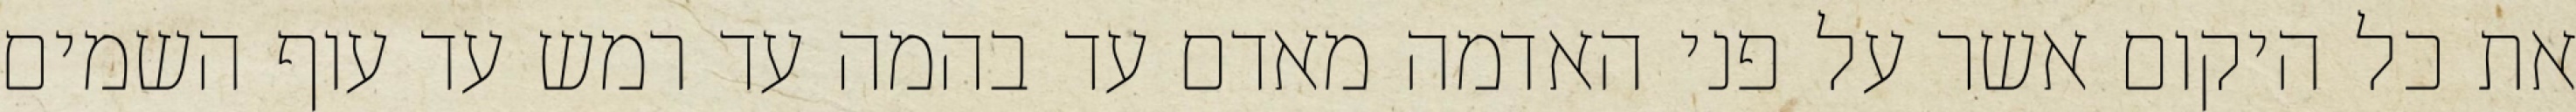
את כל היקום אשר על פני האדמה מאדם עד בהמה עד רמש עד עוף השמים